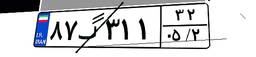
۴۶گ۶۳۵۷۹